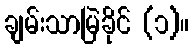
ချမ်းသာမြဲခိုင် (၁)။